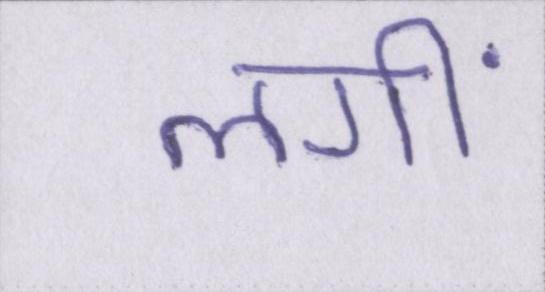
लगीं